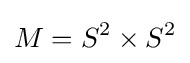
M=S^{2}\times S^{2}